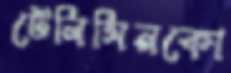
টেলিসিনকো